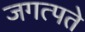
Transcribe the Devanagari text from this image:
जगत्पते